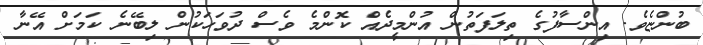
ބުންޏެވެ. އިންސާފުގެ ތިލަފަތުން އުންމީދެއް ކޮންމެ ވެސް ދުވަހަކުން ލިބޭނެ ކަމަށް އޭނާ